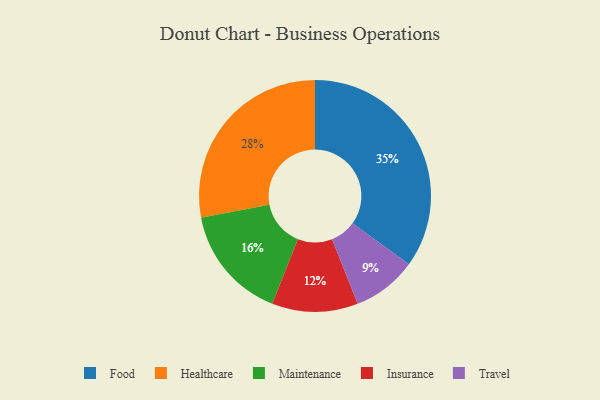
{"axis": {"x": "Category", "y": "Percentage"}, "legend": ["Food", "Healthcare", "Insurance", "Maintenance", "Travel"], "data": [{"x": "Maintenance", "y": 16, "type": "Maintenance"}, {"x": "Insurance", "y": 12, "type": "Insurance"}, {"x": "Travel", "y": 9, "type": "Travel"}, {"x": "Food", "y": 35, "type": "Food"}, {"x": "Healthcare", "y": 28, "type": "Healthcare"}]}